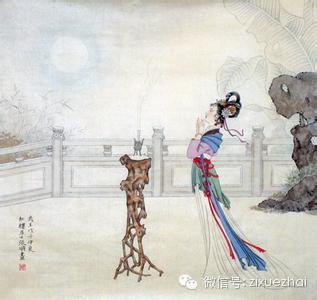
孤眠鸾帐里，枉劳魂梦，夜夜飞扬。